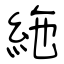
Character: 絁